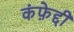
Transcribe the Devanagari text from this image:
कंफ़ेद्दी